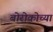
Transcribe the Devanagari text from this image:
बोरोकोच्या